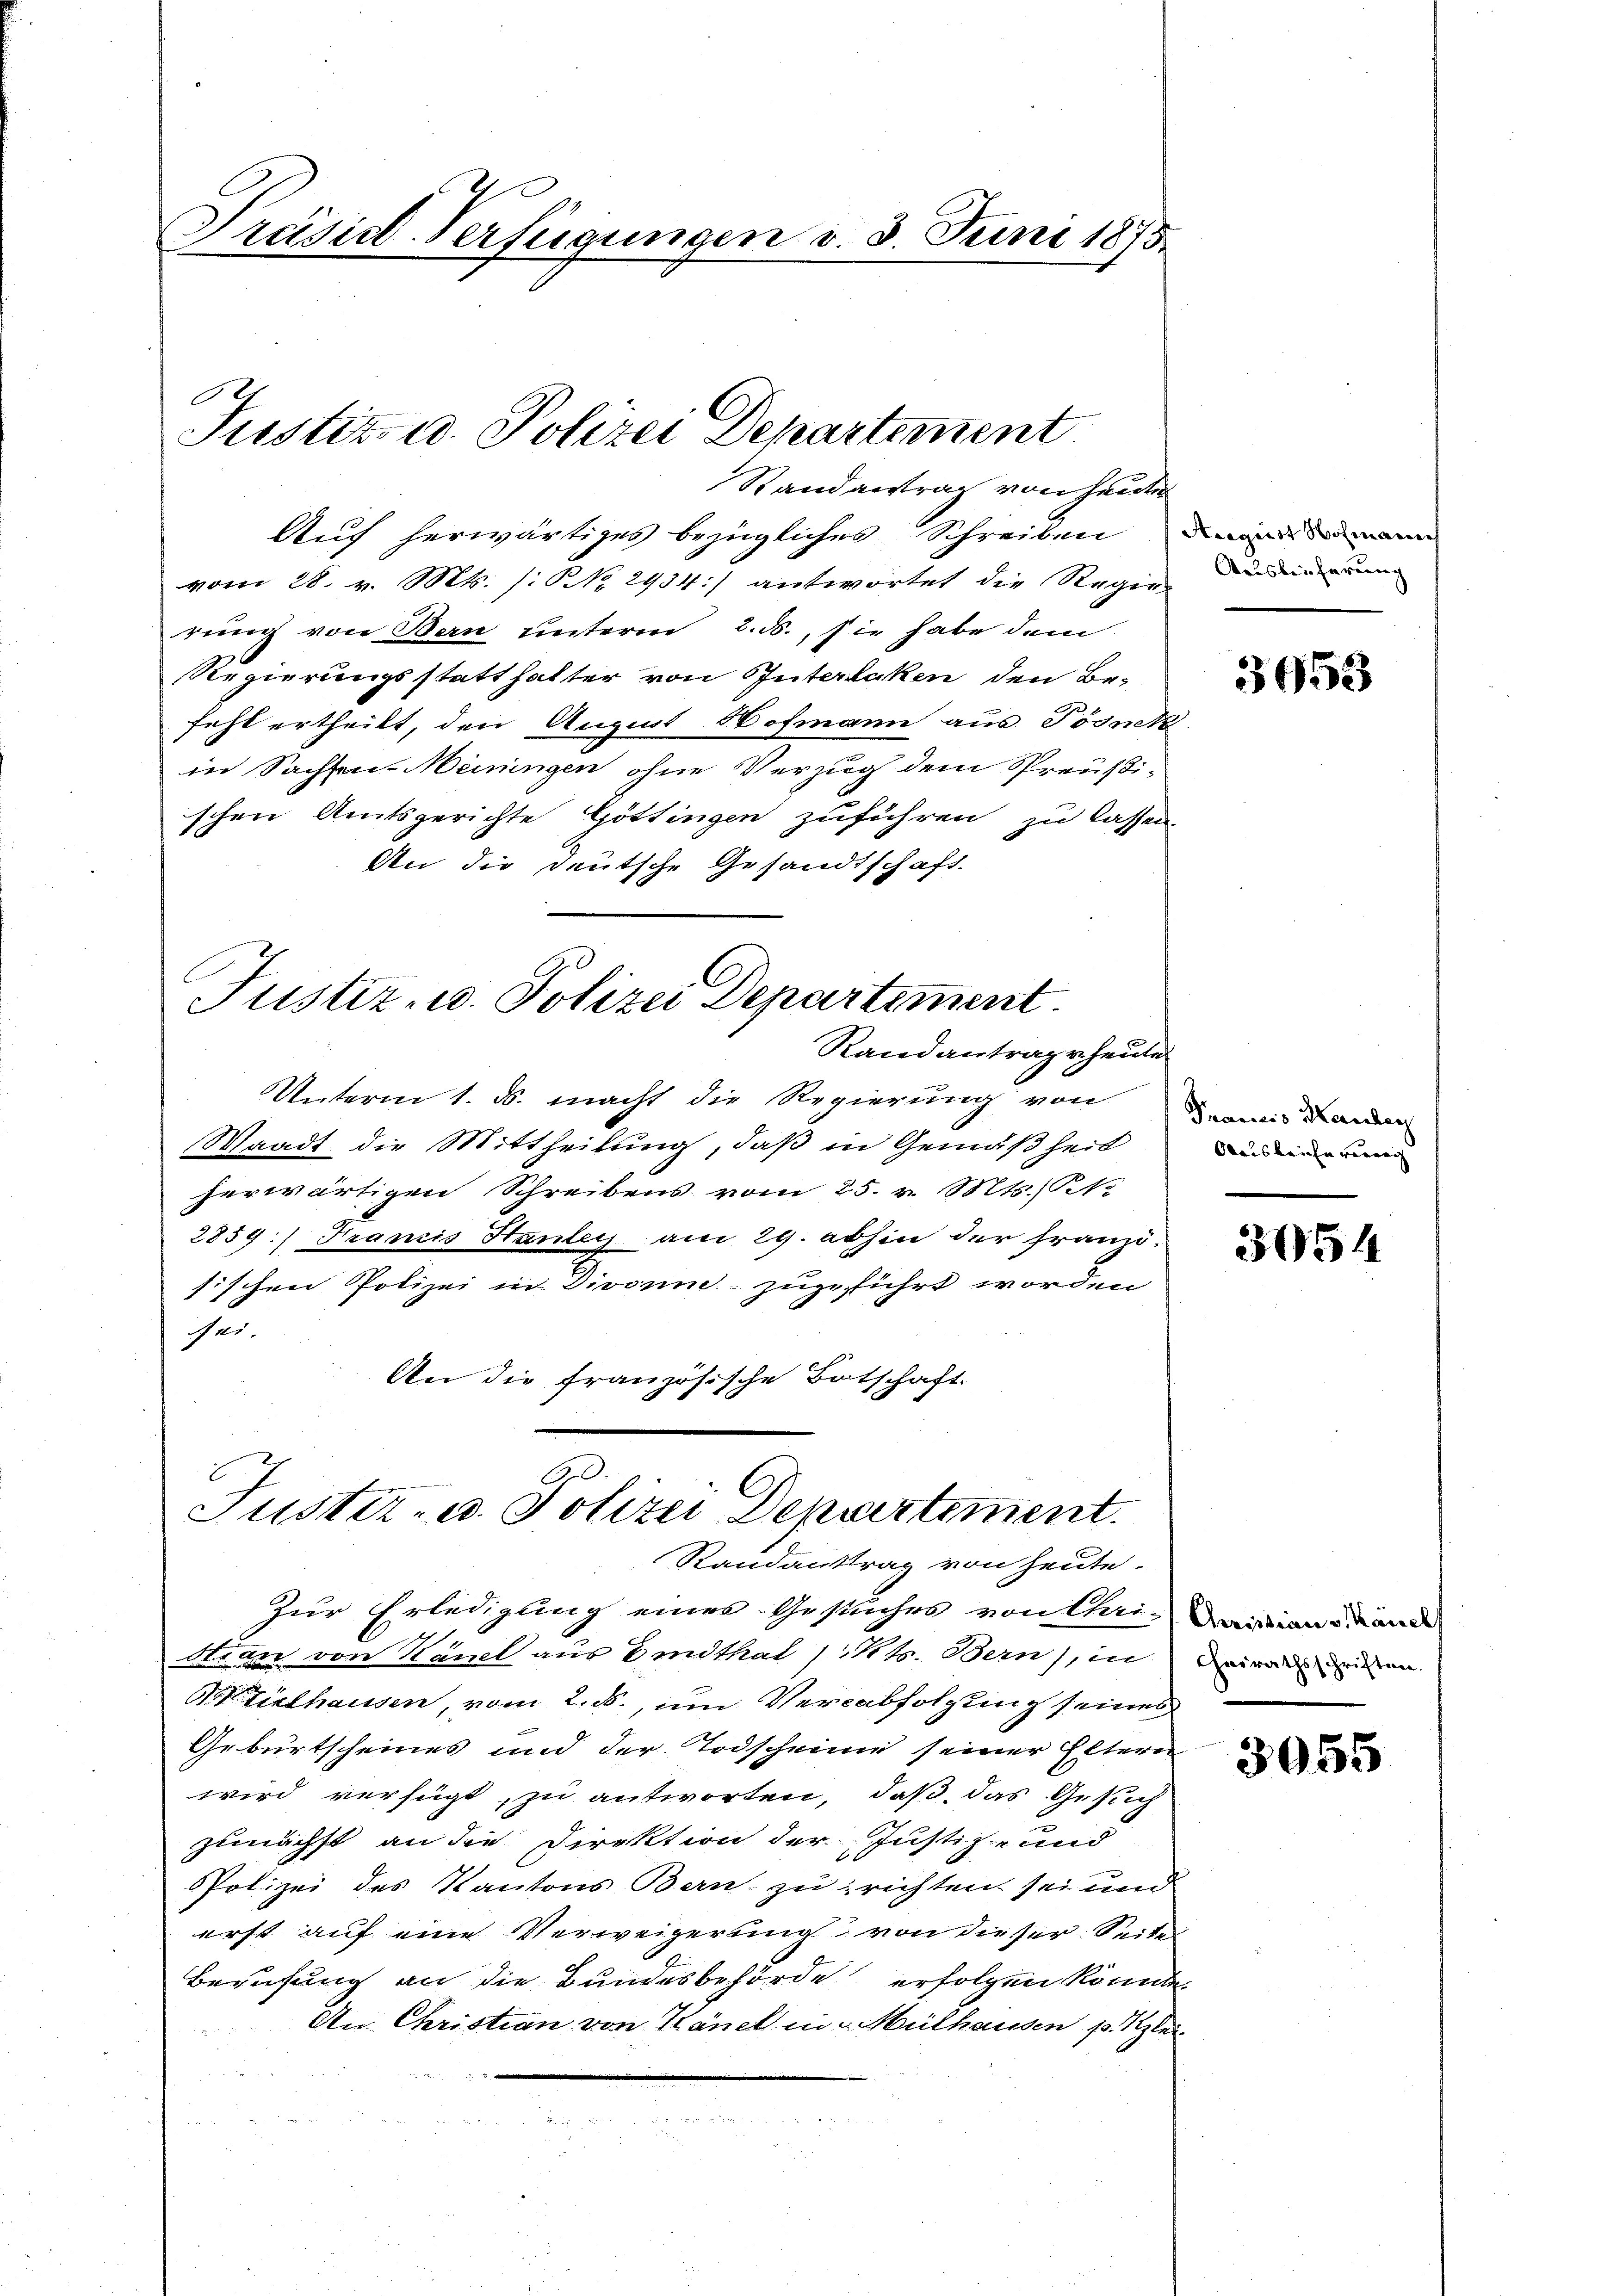
Präsidl-Verfügungen v. 3. Juni 1875.

E
Justiz- u. Polizei Departement
Randantrag von heuter

Auf herwärtiges bezügliches Schreiben mann
vom 28. v. Mts. /: No 2934] antwortet die Regie
rung von Bern unterm 2. ds., sie habe dem
Regierungsstatthalter von Interlaken den Be-
fehl ertheilt, den August Hofmann aus Pösnek
in Sachsen-Meiningen ohne Verzug dem Preußi-
schen Amtsgerichte Göttingen zuführen zu lassen
An die deutsche Gesandtschaft.

C
Justiz- u. Polizei Departiment.
Randantrage heute

E
C.
Justiz- u. Polizei Departement.

Randantrag von heute.

Ausleischerung

Unterm 1. ds. macht die Regierung von annis dann
Waadt die Mittheilung, daß in Gemäßheit
herwärtigen Schreibens vom 25. v. Mts. Pete
2859:) Tramis Hanley am 29. abhin der Franzötischen Polizei in Divomie zugeführt worden
e
An die französische Botschaft.
Zur Erledigung eines Gesuches von Mai-Daiand ande
dr der von Känel aus Erdthal 1 Mts. Bern, in deine weiten
Tielhausen, vom 2. ds., um Verabfolgung seines
Geburtscheines und der Todscheine seiner Eltern
wird verfügt, zu antworten, daß das Gesuch
zunächst an die Direktion der Justiz- und
Polizei des Kantons Bern zu richten sei und
erst auf eine Verweigerung von dieser Seite
Berufung an die Bundesbehörde erfolgen könnte
An Christian von Känel in Mülhausen p. Klei
w in

3953

ais leiche verrech

3054

3955